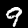
Digit: 9